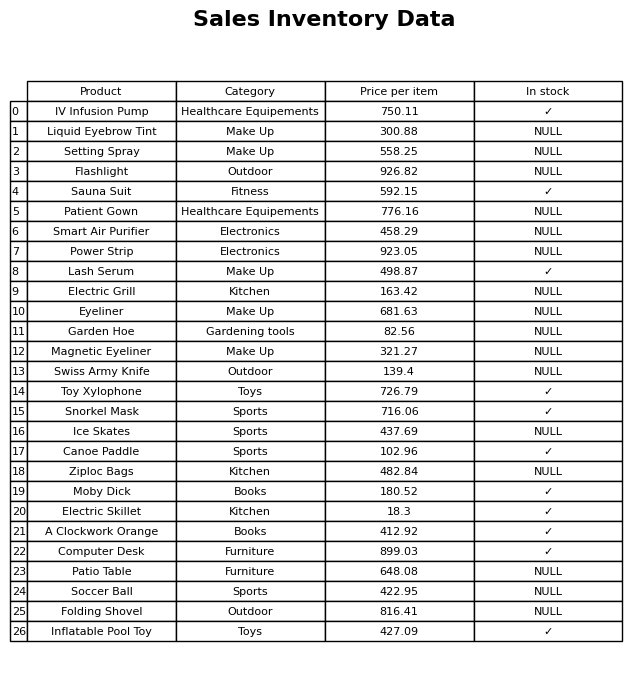
question: What is the price for Liquid Eyebrow Tint?
answer: The price of Liquid Eyebrow Tint is 300.88.